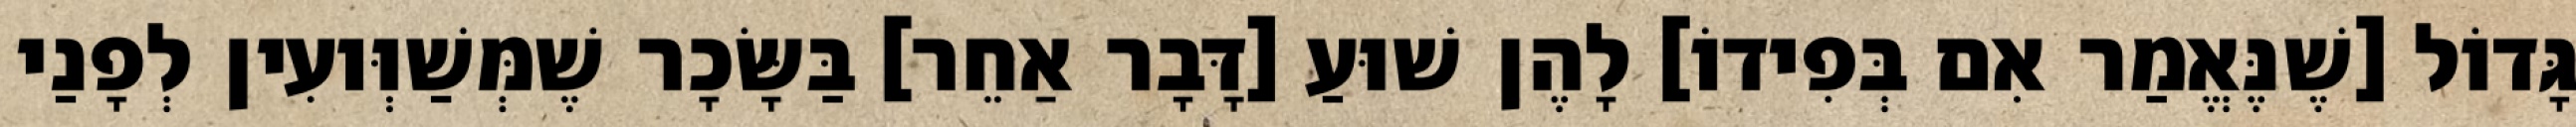
גָּדוֹל [שֶׁנֶּאֱמַר אִם בְּפִידוֹ] לָהֶן שׁוּעַ [דָּבָר אַחֵר] בַּשָּׂכָר שֶׁמְּשַׁוְּועִין לְפָנַי